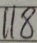
1 1 8